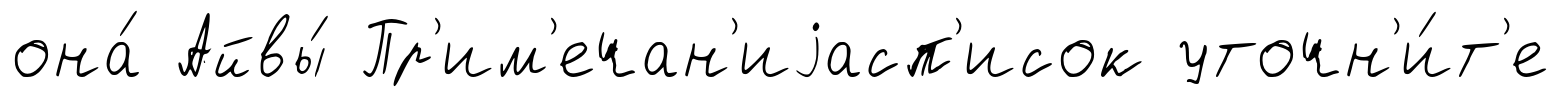
она́ Айвы́ Пр'им'ечан'иjасп'исок уточн'и́т'е